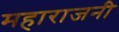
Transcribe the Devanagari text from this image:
महाराजनी